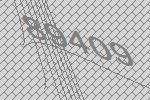
89409